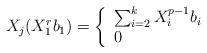
LaTeX: \begin{align*} X_j(X_1^rb_1)=\left \{\begin{array}{ll} \sum_{i=2}^{k} X_i^{p-1}b_i &\\ 0 &\end{array}\right . \end{align*}